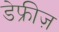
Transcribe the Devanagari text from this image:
डेफ्रीज़